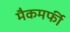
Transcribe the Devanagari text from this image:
मैकमर्फी